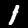
Digit: 1